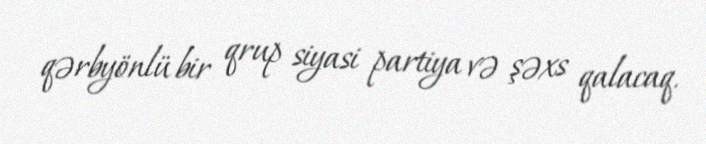
qərbyönlü bir qrup siyasi partiya və şəxs qalacaq.